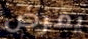
يمرض